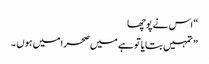
“ اس نے پوچھا
” تمہیں بتایا تو ہے میں صحرا میں ہوں ۔